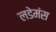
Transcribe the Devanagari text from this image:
लडेमंस